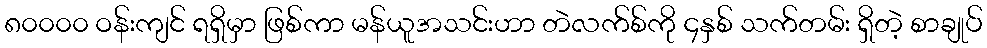
၈၀၀၀၀ ဝန်းကျင် ရရှိမှာ ဖြစ်ကာ မန်ယူအသင်းဟာ တဲလက်စ်ကို ၄နှစ် သက်တမ်း ရှိတဲ့ စာချုပ်